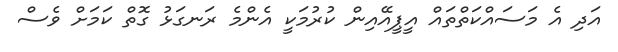
އަދި އެ މަސައްކަތްތައް އީޕީއޭއިން ކުރުމަކީ އެންމެ ރަނގަޅު ގޮތް ކަމަށް ވެސް